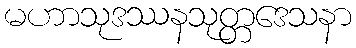
မဟာသုဒဿနသုတ္တဒေသနာ